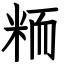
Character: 粫